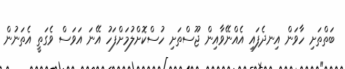
ބަތްތަށި ހާވަން އިނދެފައި އެއްނޭވާއިން ޖޫސްތަށި ހުސްކޮށްލުމަށްފަހު އޭނަ އަވަސް ވެގަތީ އެތަނުން